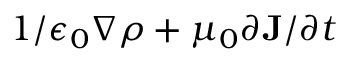
{ 1 } / { \epsilon _ { 0 } } \nabla \rho + \mu _ { 0 } { \partial { \mathbf J } } / { \partial t }